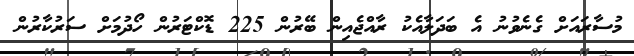
މުސާރައަށް ގެނެވުނު އެ ބަދަލާއެކު ރާއްޖެއިން ބޭރުން 225 ޑޮކްޓަރުން ހޯދުމަށް ސަރުކާރުން